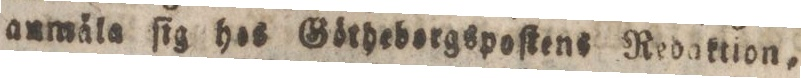
anmäla ſig hos Göthebergspoſtens Redaktion,